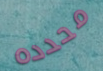
محدده